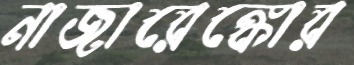
নাজারেঙ্কোর